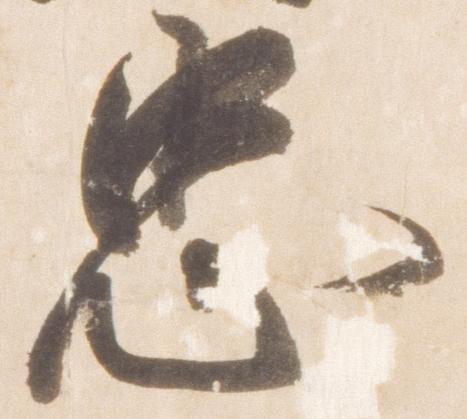
忠